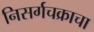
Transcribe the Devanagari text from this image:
निसर्गचक्राचा